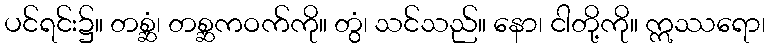
ပင်ရင်း၌။ တစ္ဆံ၊ တစ္ဆကဝက်ကို။ တွံ၊ သင်သည်။ နော၊ ငါတို့ကို။ ဣဿရော၊